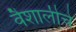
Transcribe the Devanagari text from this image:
वैशालीचे